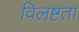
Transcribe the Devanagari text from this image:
विलष्टता